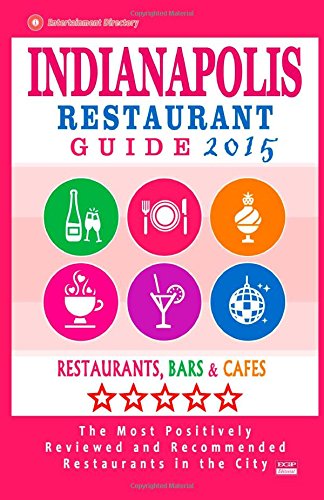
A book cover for Indianapolis Restaurant Guide 2015: Best Rated Restaurants in Indianapolis, Indiana - 500 Restaurants, Bars and CafÃ©s recommended for Visitors, (Guide 2015).; Jonathan M. Briand; Travel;